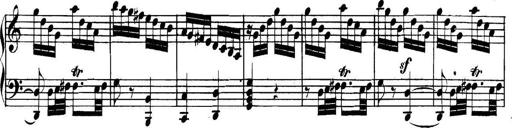
Title: Collected Piano Sonatas
Composer: Muzio Clementi